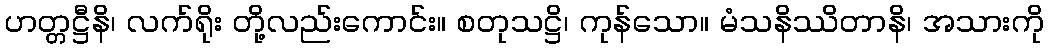
ဟတ္တဋ္ဌီနိ၊ လက်ရိုး တို့လည်းကောင်း။ စတုသဋ္ဌိ၊ ကုန်သော။ မံသနိဿိတာနိ၊ အသားကို